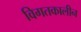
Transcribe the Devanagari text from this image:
विगतकालीन